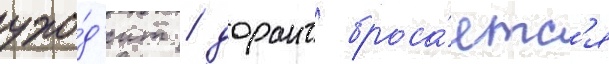
ухо́д'ит / дорант броса́етс'я